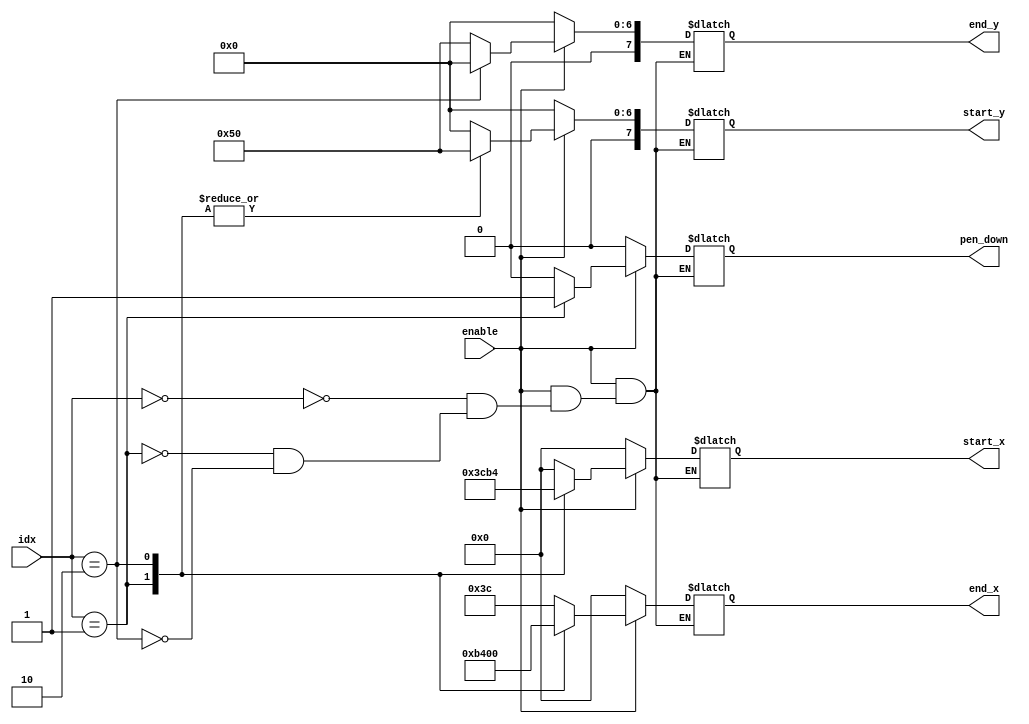
`timescale 1ns / 1ps
//////////////////////////////////////////////////////////////////////////////////
// Company: 
// Engineer: 
// 
// Design Name: 
// Module Name: num1
// Project Name: 
// Target Devices: 
// Tool Versions: 
// Description: 
// 
// Dependencies: 
// 
// Revision:
// Revision 0.01 - File Created
// Additional Comments:
// 
//////////////////////////////////////////////////////////////////////////////////


module num1(
    input [4:0] idx,
    input enable,
    output reg [7:0] start_x,
    output reg [7:0] start_y,
    output reg [7:0] end_x,
    output reg [7:0] end_y,
    output reg pen_down
);
    always@(*)begin
        if(enable)begin
            case(idx)
            5'd0:begin
                start_x = 8'd0;
                start_y = 8'd0;
                end_x = 8'd60;
                end_y = 8'd80;
                pen_down = 1'b0;
            end
            5'd1:begin
                start_x = 8'd60;
                start_y = 8'd80;
                end_x = 8'd180;
                end_y = 8'd80;
                pen_down = 1'b1;
            end
            5'd2:begin
                start_x = 8'd180;
                start_y = 8'd80;
                end_x = 8'd0;
                end_y = 8'd0;
                pen_down = 1'b0;
            end
        endcase
        end
        else begin
            start_x = 8'd0;
            start_y = 8'd0;
            end_x = 8'd0;
            end_y = 8'd0;
            pen_down = 1'b0;
        end
    end
endmodule